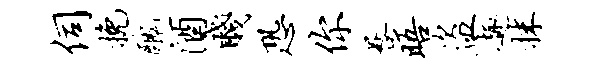
伺挽丑酒贱恐你晷晤盗趣抹